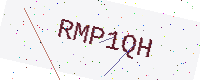
Text: RMP1QH